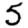
Digit: 5